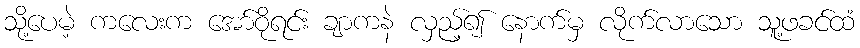
သို့ပေမဲ့ ကလေးက အော်ဝိုရင်း ချာကနဲ လှည့်၍ နောက်မှ လိုက်လာသော သူ့ဖခင်ထံ